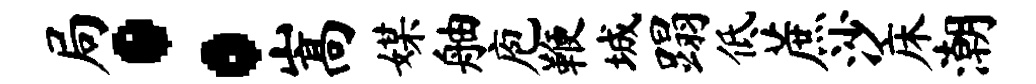
局：嵩媒舳庖鞭城蹋低蔗沙床潮